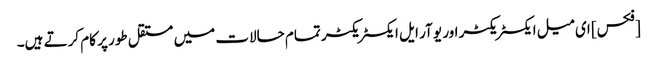
[فکس] ای میل ایکسٹریکٹر اور یو آر ایل ایکسٹریکٹر تمام حالات میں مستقل طور پر کام کرتے ہیں۔